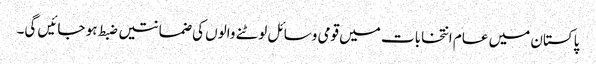
پاکستان میں عام انتخابات میں قومی وسائل لوٹنے والوں کی ضمانتیں ضبط ہو جائیں گی۔